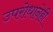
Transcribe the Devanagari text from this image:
उपरोधानेही